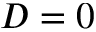
D = 0